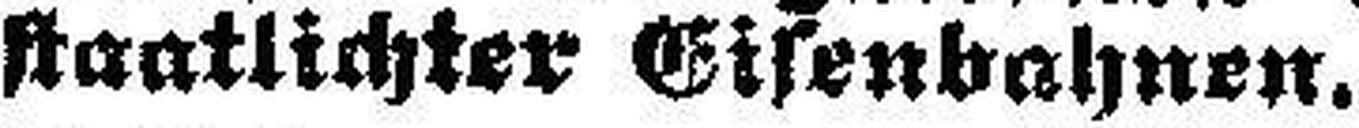
staatlichter Eisenbahnen.